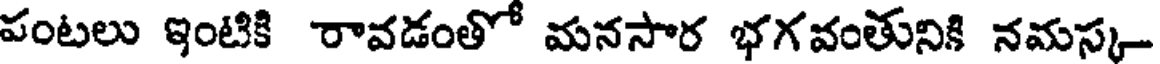
పంటలు ఇంటికి రావడంతో మనసార భగవంతునికి నమస్క